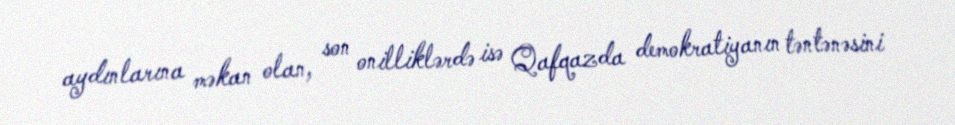
aydınlarına məkan olan, son onilliklərdə isə Qafqazda demokratiyanın təntənəsini